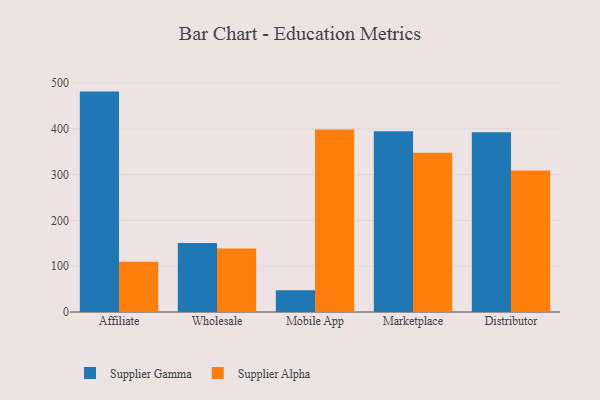
{"axis": {"x": "Channel", "y": "Latency (ms)"}, "legend": ["Supplier Alpha", "Supplier Gamma"], "data": [{"x": "Affiliate", "y": 481.2, "type": "Supplier Gamma"}, {"x": "Affiliate", "y": 109.9, "type": "Supplier Alpha"}, {"x": "Wholesale", "y": 150.7, "type": "Supplier Gamma"}, {"x": "Wholesale", "y": 138.5, "type": "Supplier Alpha"}, {"x": "Mobile App", "y": 47.7, "type": "Supplier Gamma"}, {"x": "Mobile App", "y": 398.6, "type": "Supplier Alpha"}, {"x": "Marketplace", "y": 394.7, "type": "Supplier Gamma"}, {"x": "Marketplace", "y": 347.8, "type": "Supplier Alpha"}, {"x": "Distributor", "y": 392.5, "type": "Supplier Gamma"}, {"x": "Distributor", "y": 308.9, "type": "Supplier Alpha"}]}